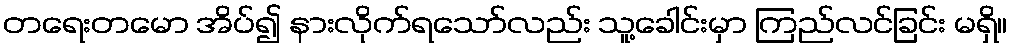
တရေးတမော အိပ်၍ နားလိုက်ရသော်လည်း သူ့ခေါင်းမှာ ကြည်လင်ခြင်း မရှိ။